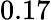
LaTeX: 0.17